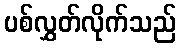
ပစ်လွှတ်လိုက်သည်